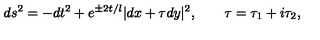
d s ^ { 2 } = - d t ^ { 2 } + e ^ { \pm 2 t / l } | d x + \tau d y | ^ { 2 } , \qquad \tau = \tau _ { 1 } + i \tau _ { 2 } ,